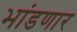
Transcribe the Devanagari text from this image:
भांडणार